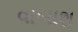
વાબાશ